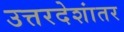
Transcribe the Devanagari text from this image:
उत्तरदेशांतर